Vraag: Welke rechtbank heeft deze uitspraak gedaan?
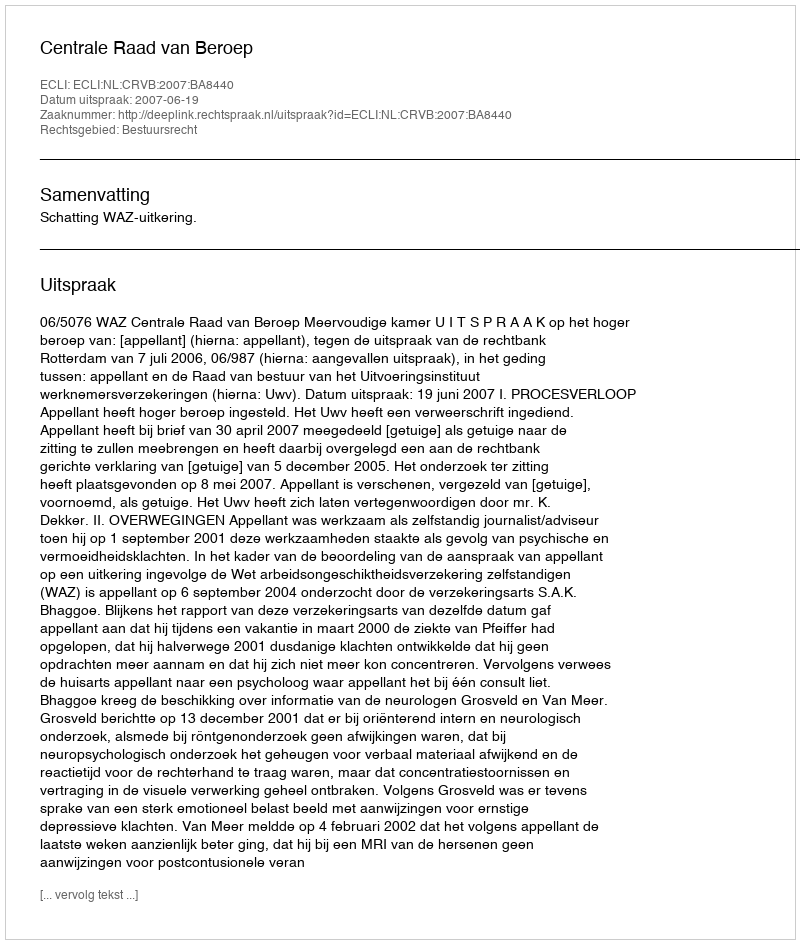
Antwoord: Centrale Raad van Beroep